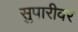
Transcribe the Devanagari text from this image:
सुपारीवर